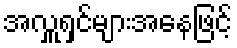
အလှူရှင်များအနေဖြင့်